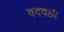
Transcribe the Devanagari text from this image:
वदवली